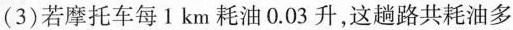
(3)若摩托车每1km耗油0.03升，这趟路共耗油多